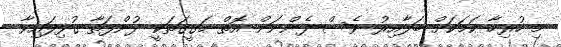
މި ހުރިހާ ކަމަކަށް ބަލާއިރު ވެސް ފެންނަން އޮތް ހަގީގަތަކީ ދުންފަތާ ގުޅިފައިވާ